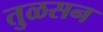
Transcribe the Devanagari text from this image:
तुळसन